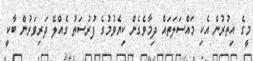
މީގެ އިތުރުން އެކި މައްސަލަތައް ދިމާވެގެން ކިޔެވުމުގެ ފުރުސަތު ގެއްލޭ ދަރިވަރުން ބާކީ